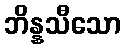
ဘိန္နသီသော